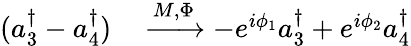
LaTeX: \begin{array}{rl}{(a_{3}^{\dagger}-a_{4}^{\dagger})}&{{}\xrightarrow{M,\Phi}-e^{i\phi_{1}}a_{3}^{\dagger}+e^{i\phi_{2}}a_{4}^{\dagger}}\end{array}